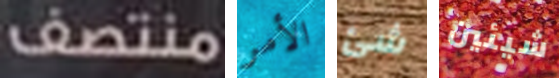
منتصف الأمر شئ شيئين